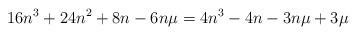
LaTeX: \begin{align*} 16n^{3}+24n^{2}+8n-6n\mu=4n^3-4n-3n\mu+3\mu \end{align*}